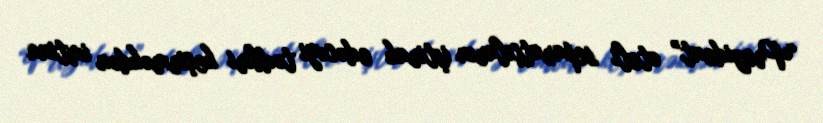
“Prezident” oteli separatçıların iştirak edəcəyi tədbiri keçirməkdən imtina